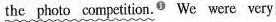
the photo competition.^{①} We were very